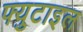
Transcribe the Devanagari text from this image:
फ्युटाइल